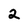
Character: 2